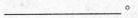
___。